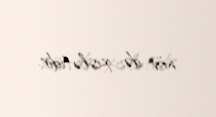
növ də xislətidir.